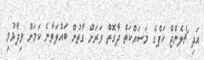
އަދި ޗެލެންޖް ކަޕްގެ މަސައްކަތް ދާގޮތް ވަރަށް ގާތުން ބައްލަވާނެ ކަމަށް ވިދާޅުވި